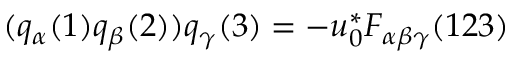
( q _ { \alpha } ( 1 ) q _ { \beta } ( 2 ) ) q _ { \gamma } ( 3 ) = - u _ { 0 } ^ { * } F _ { \alpha \beta \gamma } ( 1 2 3 )